Lunatic asylums Central Provinces reports 1910-1926 - 1910-1926
Year: 1910
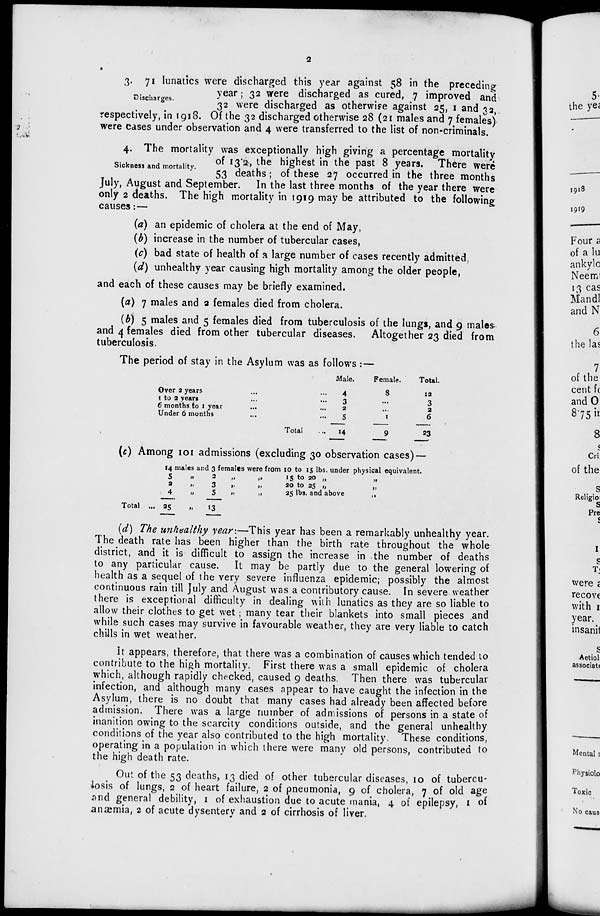
2
Discharges.
3. 71 lunatics were discharged this year against 58 in the preceding
year ; 32 were discharged as cured, 7 improved and
32 were discharged as otherwise against 25, 1 and 32,
respectively, in 1918. Of the 32 discharged otherwise 28 (21 males and 7 females)
were cases under observation and 4 were transferred to the list of non-criminals.
Sickness and mortality.
4. The mortality was exceptionally high giving a percentage mortality
of 13.2, the highest in the past 8 years. There were
53 deaths ; of these 27 occurred in the three months
July, August and September. In the last three months of the year there were
only 2 deaths. The high mortality in 1919 may be attributed to the following
causes :—
(a) an epidemic of cholera at the end of May,
(b) increase in the number of tubercular cases,
(c) bad state of health of a large number of cases recently admitted,
(d) unhealthy year causing high mortality among the older people,
and each of these causes may be briefly examined.
(a) 7 males and 2 females died from cholera.
(b) 5 males and 5 females died from tuberculosis of the lungs, and 9 males
and 4 females died from other tubercular diseases. Altogether 23 died from
tuberculosis.
The period of stay in the Asylum was as follows :—
Over 2 years ... ...
1 to 2 years ... ...
6 months to 1 year ... ...
Under 6 months ... ...
Total ...
Male.
4
3
2
5
14
Female.
8
...
...
1
9
Total.
12
3
2
6
23
(c) Among 101 admissions (excluding 30 observation cases) —
14 males and 3 females were from 10 to 15 lbs. under physical equivalent.
Total ...
5
2
4
25
„
„
„
„
2
3
5
13
„ „
„ „
„ „
15 to 20 „
„
20 to 25 „
„
25 lbs. and above
„
(d) The unhealthy year:—This year has been a remarkably unhealthy year.
The death rate has been higher than the birth rate throughout the whole
district, and it is difficult to assign the increase in the number of deaths
to any particular cause. It may be partly due to the general lowering of
health as a sequel of the very severe influenza epidemic; possibly the almost
continuous rain till July and August was a contributory cause. In severe weather
there is exceptional difficulty in dealing with lunatics as they are so liable to
allow their clothes to get wet ; many tear their blankets into small pieces and
while such cases may survive in favourable weather, they are very liable to catch
chills in wet weather.
It appears, therefore, that there was a combination of causes which tended to
contribute to the high mortality. First there was a small epidemic of cholera
which, although rapidly checked, caused 9 deaths. Then there was tubercular
infection, and although many cases appear to have caught the infection in the
Asylum, there is no doubt that many cases had already been affected before
admission. There was a large number of admissions of persons in a state of
inanition owing to the scarcity conditions outside, and the general unhealthy
conditions of the year also contributed to the high mortality. These conditions,
operating in a population in which there were many old persons, contributed to
the high death rate.
Out of the 53 deaths, 13 died of other tubercular diseases, 10 of tubercu-
losis of lungs, 2 of heart failure, 2 of pneumonia, 9 of cholera, 7 of old age
and general debility, 1 of exhaustion due to acute mania, 4 of epilepsy, 1 of
anæmia, 2 of acute dysentery and 2 of cirrhosis of liver.